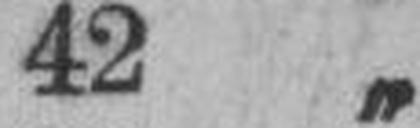
42 „